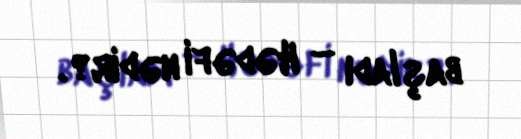
başladı – Hədəfi nədir?.